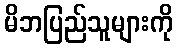
မိဘပြည်သူများကို